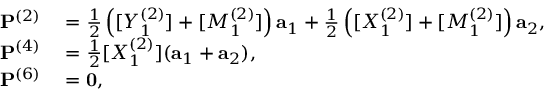
\begin{array} { r l } { { \bf P } ^ { ( 2 ) } } & { { } = \frac { 1 } { 2 } \left( [ Y _ { 1 } ^ { ( 2 ) } ] + [ M _ { 1 } ^ { ( 2 ) } ] \right) { \bf a } _ { 1 } + \frac { 1 } { 2 } \left( [ X _ { 1 } ^ { ( 2 ) } ] + [ M _ { 1 } ^ { ( 2 ) } ] \right) { \bf a } _ { 2 } , } \\ { { \bf P } ^ { ( 4 ) } } & { { } = \frac { 1 } { 2 } [ X _ { 1 } ^ { ( 2 ) } ] ( { \bf a } _ { 1 } + { \bf a } _ { 2 } ) , } \\ { { \bf P } ^ { ( 6 ) } } & { { } = { \bf 0 } , } \end{array}